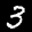
Label: 3